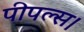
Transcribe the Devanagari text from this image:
पीपल्स।